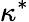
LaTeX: \kappa^{\ast}